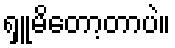
ရှူမိတော့တာပဲ။